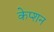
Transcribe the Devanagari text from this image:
केप्‍शन